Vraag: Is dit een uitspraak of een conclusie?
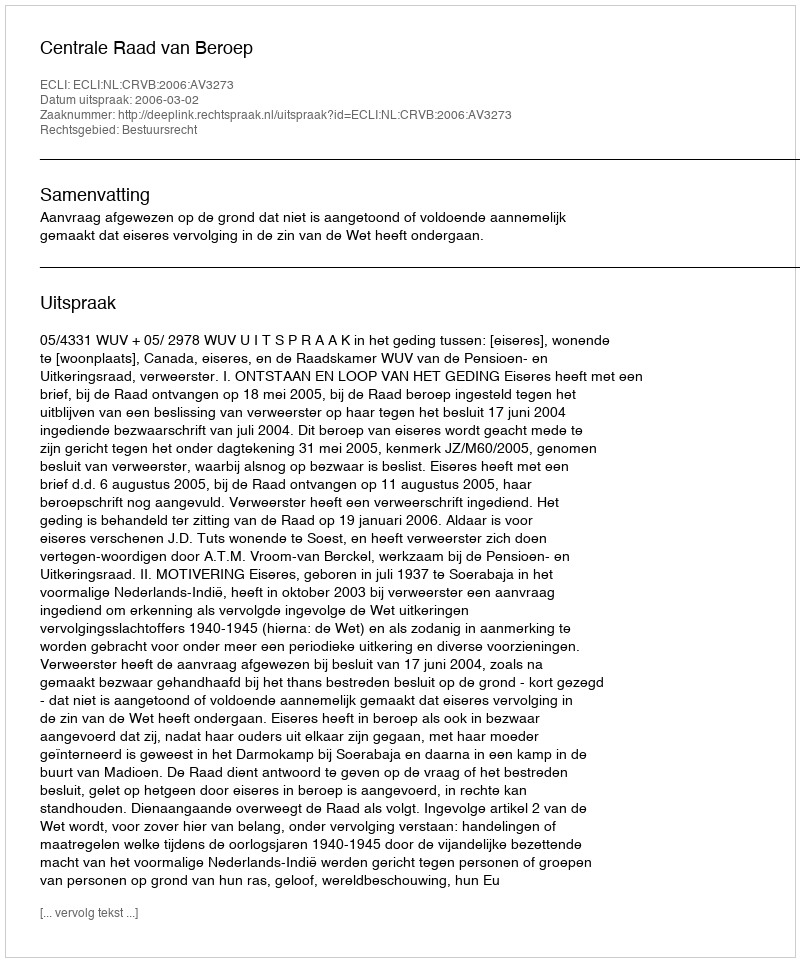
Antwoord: Uitspraak